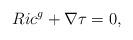
LaTeX: \begin{align*} Ric^g+\nabla \tau =0, \end{align*}